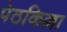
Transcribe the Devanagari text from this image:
पेठकिल्ला